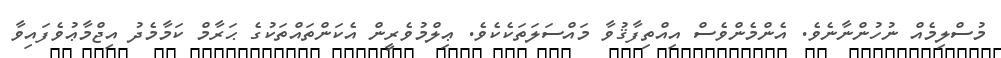
މުސްލިމެއް ނުހުންނާނެވެ. އެންމެންވެސް އިއްތިފާޤުވާ މައްސަލަތަކެކެވެ. ޢިލްމުވެރީން އެކަންތައްތަކުގެ ޙަރާމް ކަމާމެދު އިޖްމާޢުވެފައިވާ